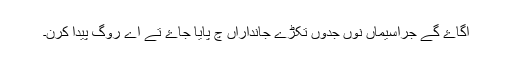
اگاۓ گے جراسیماں نوں جدوں تکڑے جانداراں چ پایا جاۓ تے اے روگ پیدا کرن۔